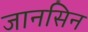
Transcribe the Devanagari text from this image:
जानसिन